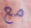
مع